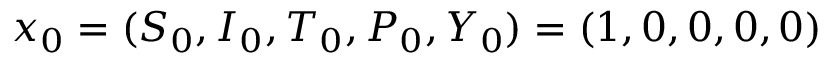
x _ { 0 } = ( S _ { 0 } , I _ { 0 } , T _ { 0 } , P _ { 0 } , Y _ { 0 } ) = ( 1 , 0 , 0 , 0 , 0 )